Report on vaccination in Madras 1904-1921 - 1904-1921
Year: 1904
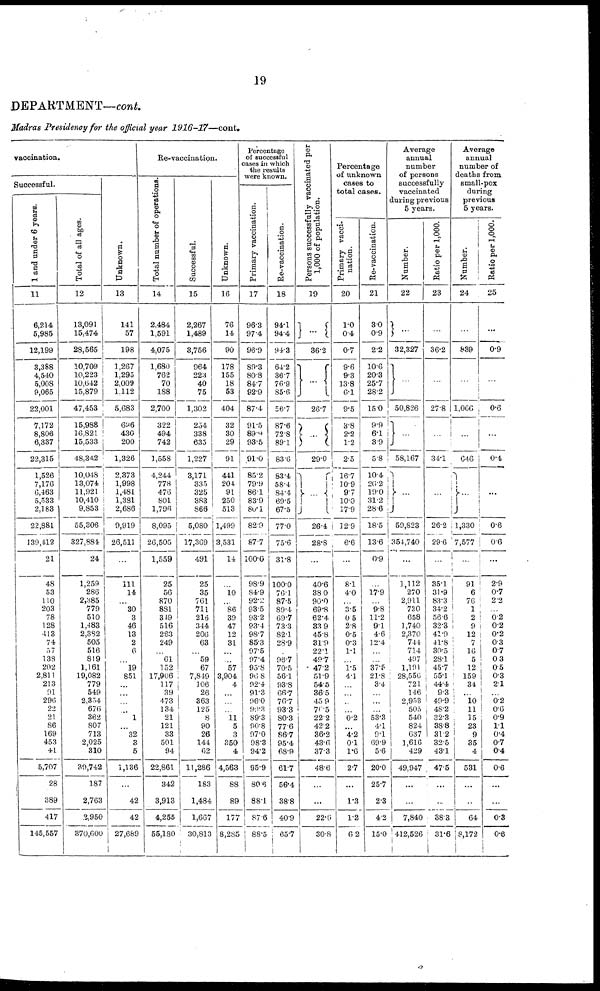
19
DEPARTMENT—cont.
Madras Presidency for the official year 1916-17—cont.
vaccination.
Successful.
1 and under 6 years.
11
6,214
5,985
12,199
3,388
4,540
5,008
9,065
22,001
7,172
8,806
6,337
22,315
1,526
7,176
6,463
5,533
2,183
22,881
139,412
21
48
53
110
203
78
128
413
74
57
138
202
2,811
213
91
296
22
21
86
169
453
4.1
5,707
28
389
417
145,557
Total of all ages.
12
13,091
15,474
28,565
10,709
10,223
10,642
15,879
47,453
15,988
16,821
15,533
48,342
10,048
13,074
11,921
10,410
9,853
55,306
327,884
24
1,259
286
2,385
779
510
1,483
2,382
505
516
819
1,161
19,082
779
549
2,354
676
362
807
713
2,025
310
39,742
187
2,763
2,950
370,600
Unknown.
13
141
57
198
1,267
1,295
2,009
1,112
5,683
696
430
200
1,326
2,373
1,998
1,481
1,381
2,686
9,919
26,511
...
111
14
... 30
3
46
13
2
6
... 19
851
...
...
... ... 1
... 32
3
5
1,136
...
42
42
27,689
Re-vaccination.
Total number of operations
14
2,484
1,591
4,075
1,680
762
70
188
2,700
322
494
742
1,558
4,244
778
476
801
1,796
8,095
26,505
1,559
25
56
870
881
349
516
263
249
... 61
152
17,906
117
39
473
134
21
121
33
501
94
22,861
342
3,913
4,255
55,180
Successful.
15
2,267
1,489
3,756
964
223
40
75
1,302
254
338
635
1,227
3,171
335
325
383
866
5,080
17,369
491
25
35
761
711
216
344
206
63
... 59
67
7,849
106
26
363
125
8
90
26
144
62
11,286
183
1,484
1,667
30,813
Unknown.
16
76
14
90
178
155
18
53
404
32
30
29
91
441
204
91
250
513
1,499
3,531
14
... 10
...
86
39
47
12
31
...
... 57
3,904
4
...
...
... 11
5
3
350
4
4,563
88
89
177
8,285
Percentage
of successful
cases in which
the results
were known.
Primary vaccination.
17
96.3
97.4
96.9
89.3
80.8
84.7
92.9
87.4
91.5
89.9
93.5
91.0
85.2
79.9
86.1
83.9
80.1
82.9
87.7
100.0
98.9
84.9
92.2
93.5
93.2
93.4
98.7
85.3
97.5
97.4
95.8
96.8
92.4
91.3
96.0
99.3
89.3
90.8
97.0
98.3
94.2
95.9
80.6
88.1
87.6
88.5
Re-vaccination.
18
94.1
94.4
94.3
64.2
36.7
76.9
85.6
56.7
87.6
72.8
89.1
83.6
83.4
58.4
84.4
69.5
67.5
77.0
75.6
31.8
100.0
76.1
87.5
89.4
69.7
73.3
82.1
28.9
... 96.7
70.5
56.1
93.8
66.7
76.7
93.3
80.3
77.6
86.7
95.4
68.9
61.7
56.4
38.8
40.9
65.7
Persons successfully vaccinated per
1,000 of population.
19
...
36.2
...
26.7
...
29.0
26.4
28.8
...
40.6
38.0
90.0
69.8
62.4
83.9
45.8
31.9
22.1
49.7
47.2
51.9
54.5
36.5
45.9
70.5
22.2
42.2
36.2
43.6
37.3
48.6
...
...
22.6
30.8
Percentage
of unknown
cases to
total cases.
Primary vacci-
nation.
20
1.0
0.4
0.7
9.6
9.3
13.8
6.1
9.5
3.8
2.2
1.2
2.5
16.7
10.9
97
10.0
17.9
12.9
6.6
...
8.1
4.0
... 3.5
0.5
2.8
0.5
0.3
1.1
... 1.5
4.1
... ...
...
... 0.2
... 4.2
0.1
1.6
2.7
...
1.3
1.2
6.2
Re-vaccination.
21
3.0
0.9
2.2
10.6
20.3
25.7
28.2
15.0
9.9
6.1
3.9
5.8
10.4
26.2
19.0
31.2
28.6
18.5
13.6
0.9
... 17.9
... 9.8
11.2
0.1
4.6
12.4
...
... 37.5
21.8
3.4
... ...
... 53.3
4.1
9.1
69.9
5.6
20.0
25.7
2.3
4.2
15.0
Average
annual
number
of persons
successfully
vaccinated
during previous
5 years.
Number.
22
...
32,327
...
50,826
...
58,167
...
59,823
354,740
...
1,112
270
2,911
730
658
1,740
2,370
744
714
497
1,191
28,556
721
146
2,953
505
540
824
637
1,616
429
49,947
...
...
7,840
412,526
Ratio per 1,000.
23
...
36.2
...
27.8
...
34.1
...
26.2
29.6
...
35.1
31.9
83.3
34.2
56.6
32.3
41.9
41.8
30.5
28.1
45.7
55.1
44.4
9.3
49.9
48.2
32.3
38.8
31.2
32.5
43.1
47.5
...
...
38.3
31.6
Average
annual
number of
deaths from
small-pox
during
previous
5 years.
Number.
24
...
839
...
1,066
...
646
...
1,330
7,577
...
91
6
76
1
2
9
12
7
16
5
12
159
34
...
10
11 15
23
9
35
4
531
...
...
64
8,172
Ratio per 1,000.
25
...
0.9
...
0.6
...
0.4
...
0.6
0.6
...
2.9
0.7
2.2
... 0.2
0.2
0.2
0.3
0.7
0.3
0.5
0.3
2.1
... 0.2
0.6
0.9
1.1
0.4
0.7
0.4
0.6
...
...
0.3
0.6